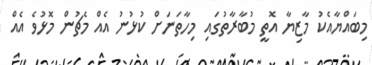
މިބައްޔާއެކު މާޒިޔާ އޮތީ މުބާރާތުގައި މިހާތަނަށް ކުޅުނު އެއް މެޗުން މޮޅުވެ އެއް